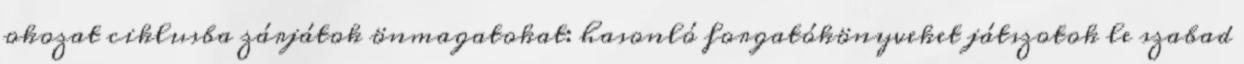
okozat ciklusba zárjátok önmagatokat: hasonló forgatókönyveket játszotok le szabad